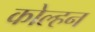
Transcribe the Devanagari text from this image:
कोल्हन